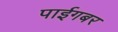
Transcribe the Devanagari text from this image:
पाईगबर